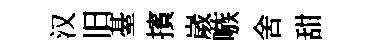
汉旧䑓擯嵗嗾舍甜